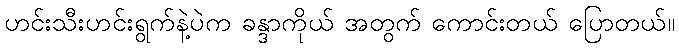
ဟင်းသီးဟင်းရွက်နဲ့ပဲက ခန္ဒာကိုယ် အတွက် ကောင်းတယ် ပြောတယ်။